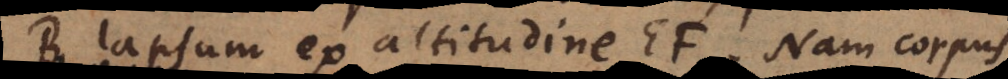
B lapsum ex altitudine EF. Nam corpus